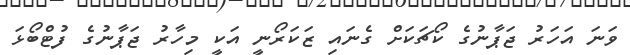
ވަނަ އަހަރު ޖަޕާނުގެ ކޯޗަކަށް ގެނައި ޒަކަރޯނީ އަކީ މިހާރު ޖަޕާނުގެ ފުޓްބޯޅަ